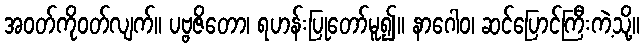
အဝတ်ကိုဝတ်လျက်။ ပဗ္ဗဇိတော၊ ရဟန်းပြုတော်မူ၍။ နာဂေါဝ၊ ဆင်ပြောင်ကြီးကဲ့သို့။